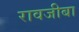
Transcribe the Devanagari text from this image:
रावजीबा